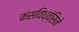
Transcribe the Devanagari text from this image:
कंसविध्वंसिने